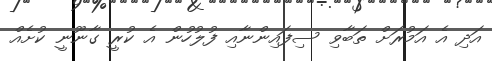
އަދި އެ އަމުރަށް ތަބާވި ސިފައިންނާއި ފުލުހުން އެ ކުރީ ގާނޫނީ ކުށެއް